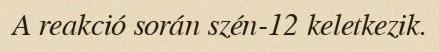
A reakció során szén-12 keletkezik.